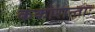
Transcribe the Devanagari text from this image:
ककारान्ताः